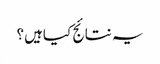
یہ نتائج کیاہیں؟